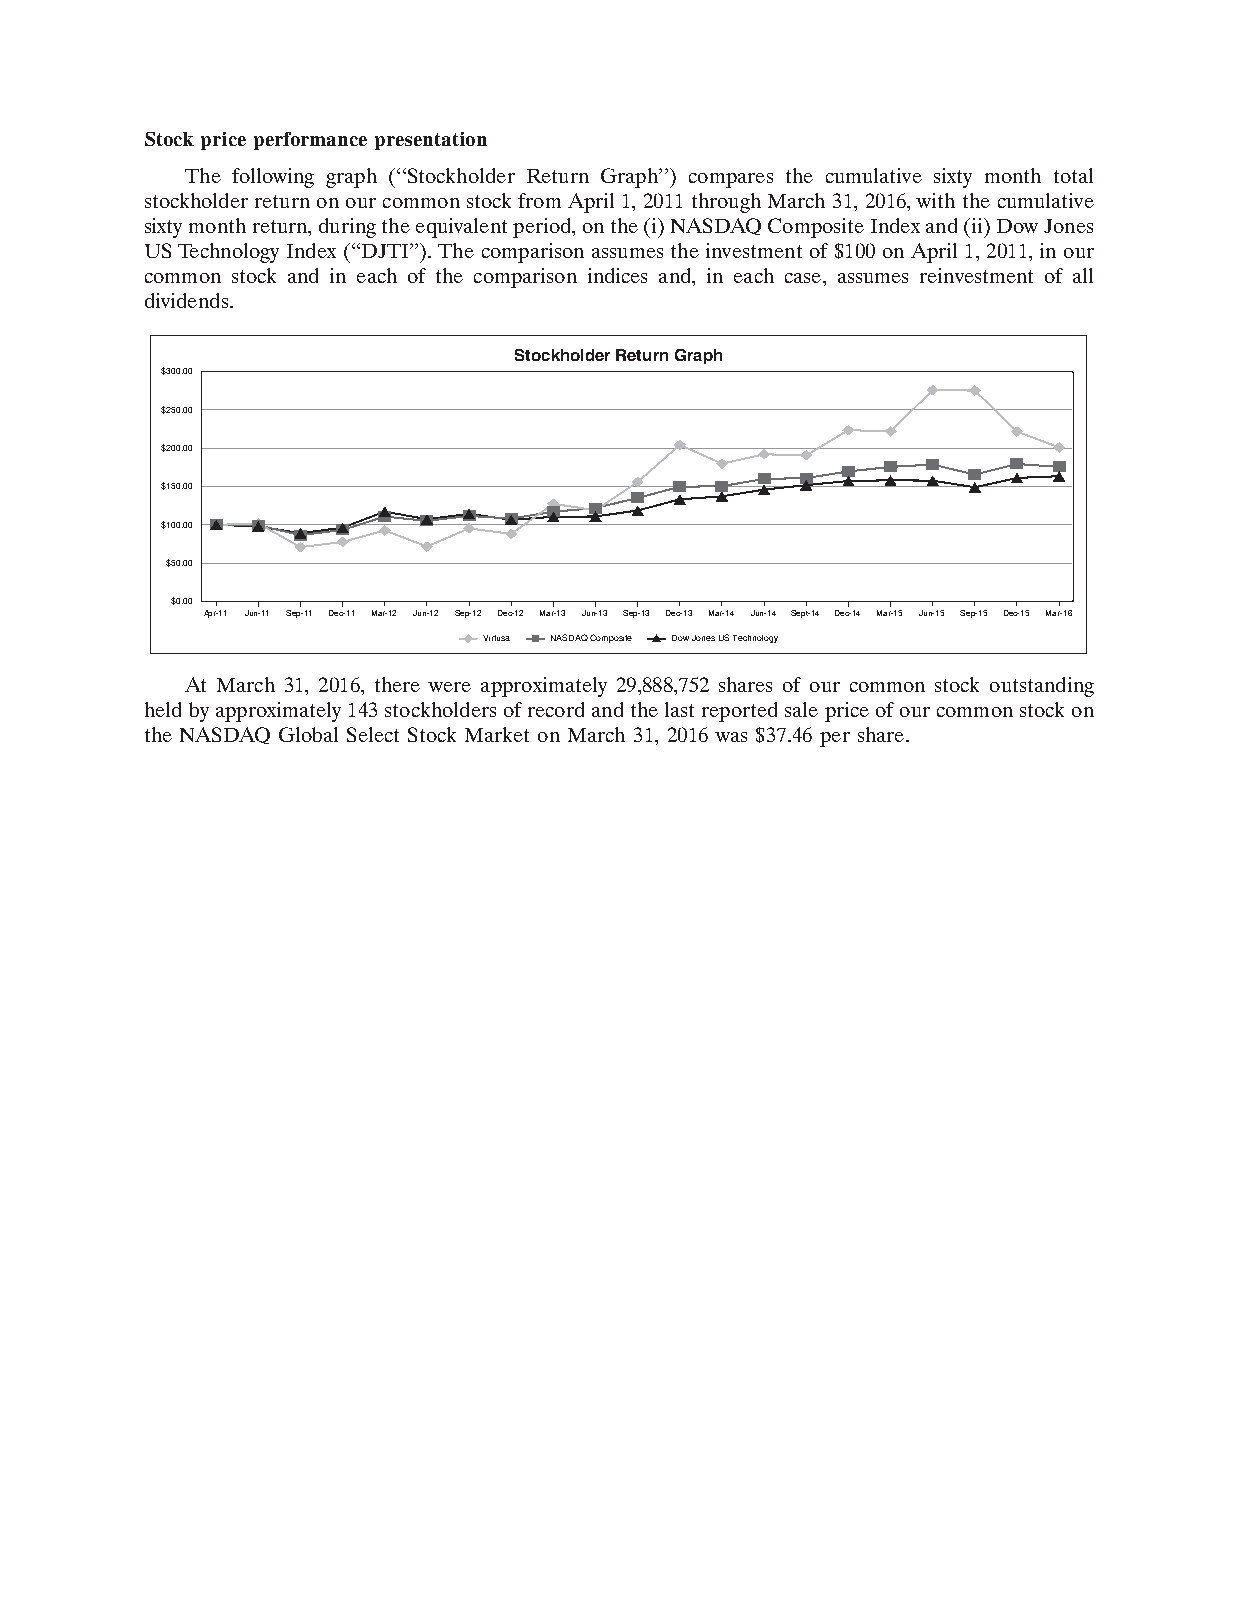
Stock price performance presentation
 The following graph (‘‘Stockholder Return Graph’’) compares the cumulative sixty month total
 stockholder return on our common stock from April1, 2011 through March31, 2016, with the cumulative
 sixty month return, during the equivalent period, on the (i)NASDAQ Composite Index and (ii)Dow Jones
 US Technology Index (‘‘DJTI’’). The comparison assumes the investment of $100 on April 1, 2011, in our
 common stock and in each of the comparison indices and, in each case, assumes reinvestment of all
 dividends.
 Stockholder Return Graph
 $300.00
 $250.00
 $200.00
 $150.00
 $100.00
 $50.00
 $0.00
 Apr-11 Jun-11 Sep-11 Dec-11 Mar-12 Jun-12 Sep-12 Dec-12 Mar-13 Jun-13 Sep-13 Dec-13 Mar-14 Jun-14 Sept-14 Dec-14 Mar-15 Jun-15 Sep-15 Dec-15 Mar-16
 Virtusa NASDAQ Composite Dow Jones US Technology 19JUL201600180724
 At March 31, 2016, there were approximately 29,888,752 shares of our common stock outstanding
 held by approximately 143 stockholders of record and the last reported sale price of our common stock on
 the NASDAQ Global Select Stock Market on March 31, 2016 was $37.46 per share.